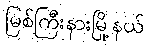
မြစ်ကြီးနားမြို့နယ်